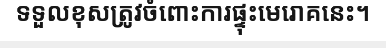
ទទួលខុសត្រូវចំពោះការផ្ទុះមេរោគនេះ។